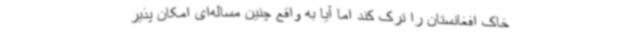
خاک افغانستان را ترک کند اما آیا به واقع چنین مساله‌ای امکان پذیر